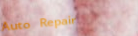
Auto Repair